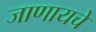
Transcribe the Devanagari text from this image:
जाणायचे